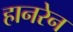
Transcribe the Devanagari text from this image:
हानरेन